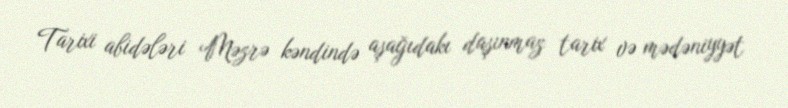
Tarixi abidələri Məzrə kəndində aşağıdakı daşınmaz tarix və mədəniyyət